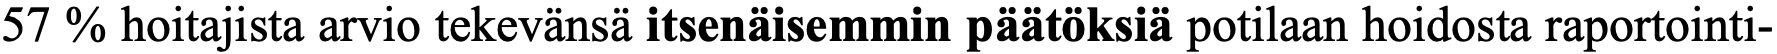
57 % hoitajista arvio tekevänsä itsenäisemmin päätöksiä potilaan hoidosta raportointi-